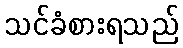
သင်ခံစားရသည်